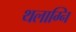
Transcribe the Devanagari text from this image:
थलाग्नि